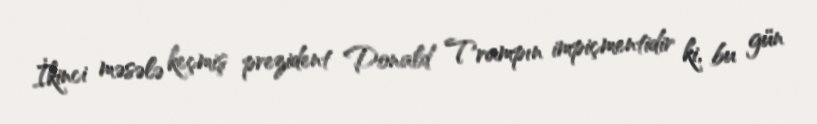
İkinci məsələ keçmiş prezident Donald Trampın impiçmentidir ki, bu gün